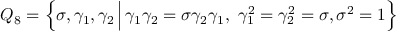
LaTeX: Q _ { 8 } = \Big \{ \sigma , \gamma _ { 1 } , \gamma _ { 2 } \, \Big | \, \gamma _ { 1 } \gamma _ { 2 } = \sigma \gamma _ { 2 } \gamma _ { 1 } , ~ \gamma _ { 1 } ^ { 2 } = \gamma _ { 2 } ^ { 2 } = \sigma , \sigma ^ { 2 } = 1 \Big \}